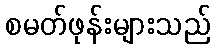
စမတ်ဖုန်းများသည်